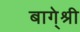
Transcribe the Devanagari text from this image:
बागे्श्री